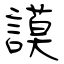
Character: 謨